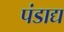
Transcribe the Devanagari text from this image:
पंडाद्य